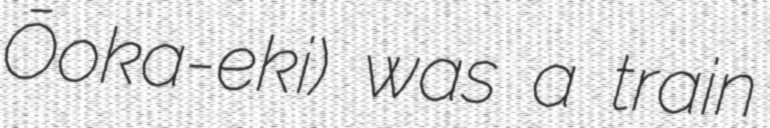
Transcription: Ōoka-eki) was a train